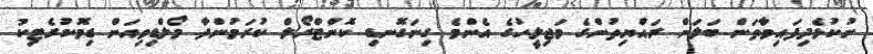
ނުކުޅެދިފައިވާތަން ބަލަން ރައްޔިތުންގެ މަޖިލީހުގެ އެންމެ ގިނަގޮނޑި ކޮންޓްރޯލް ކުރަމުންދާ މޯލްޑިވިއަން ޑިމޮކުރެޓިކު